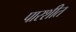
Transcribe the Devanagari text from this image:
पारशीत